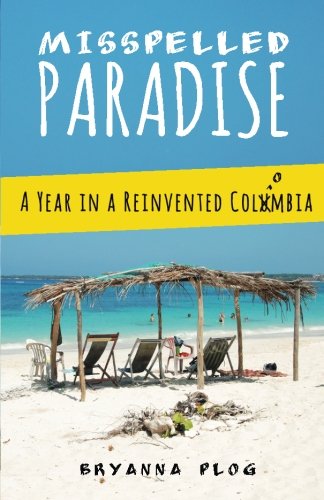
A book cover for Misspelled Paradise: A Year in a Reinvented Colombia; Bryanna Plog; Travel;